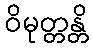
ဝိမုတ္တန္တိ